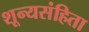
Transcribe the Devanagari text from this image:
शून्यसंहिता